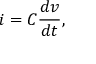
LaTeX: i = C { \frac { d v } { d t } } ,